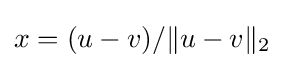
x=(u-v)/\|u-v\|_{2}